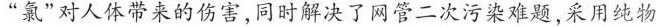
“氯”对人体带来的伤害,同时解决了网管二次污染难题,采用纯物